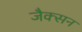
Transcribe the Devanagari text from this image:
जैक्‍सन